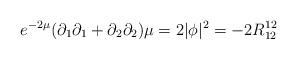
LaTeX: \begin{align*}e^{-2\mu}(\partial_{1}\partial_{1}+\partial_{2} \partial_{2})\mu = 2 |\phi|^{2}= - 2R^{12}_{12}\end{align*}